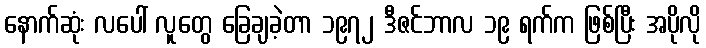
နောက်ဆုံး လပေါ် လူတွေ ခြေချခဲ့တာ ၁၉၇၂ ဒီဇင်ဘာလ ၁၉ ရက်က ဖြစ်ပြီး အပိုလို